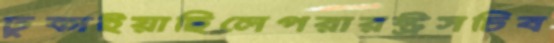
ঢুকাইয়াছিলেপরারষ্ট্রসচিব